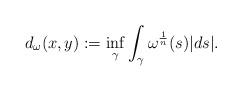
LaTeX: \begin{align*}d_\omega(x,y):=\inf_{\gamma}\int_\gamma \omega^{\frac{1}{n}}(s)|ds|.\end{align*}